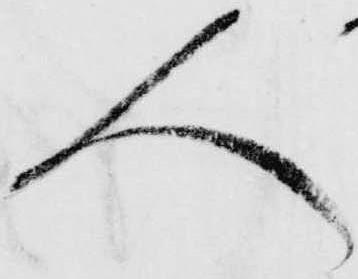
人